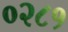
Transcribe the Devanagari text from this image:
०२८१